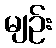
မျဉ်း